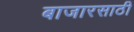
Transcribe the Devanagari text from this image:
बाजारसाठी